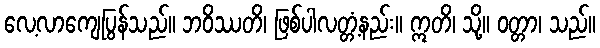
လေ့လာကျေပြွန်သည်။ ဘဝိဿတိ၊ ဖြစ်ပါလတ္တံ့နည်း။ ဣတိ၊ သို့။ ဝတ္တာ၊ သည်။